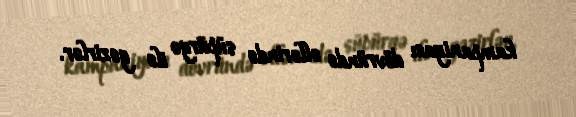
kampaniyası dövründə əllərində süpürgə ilə gəzirlər.